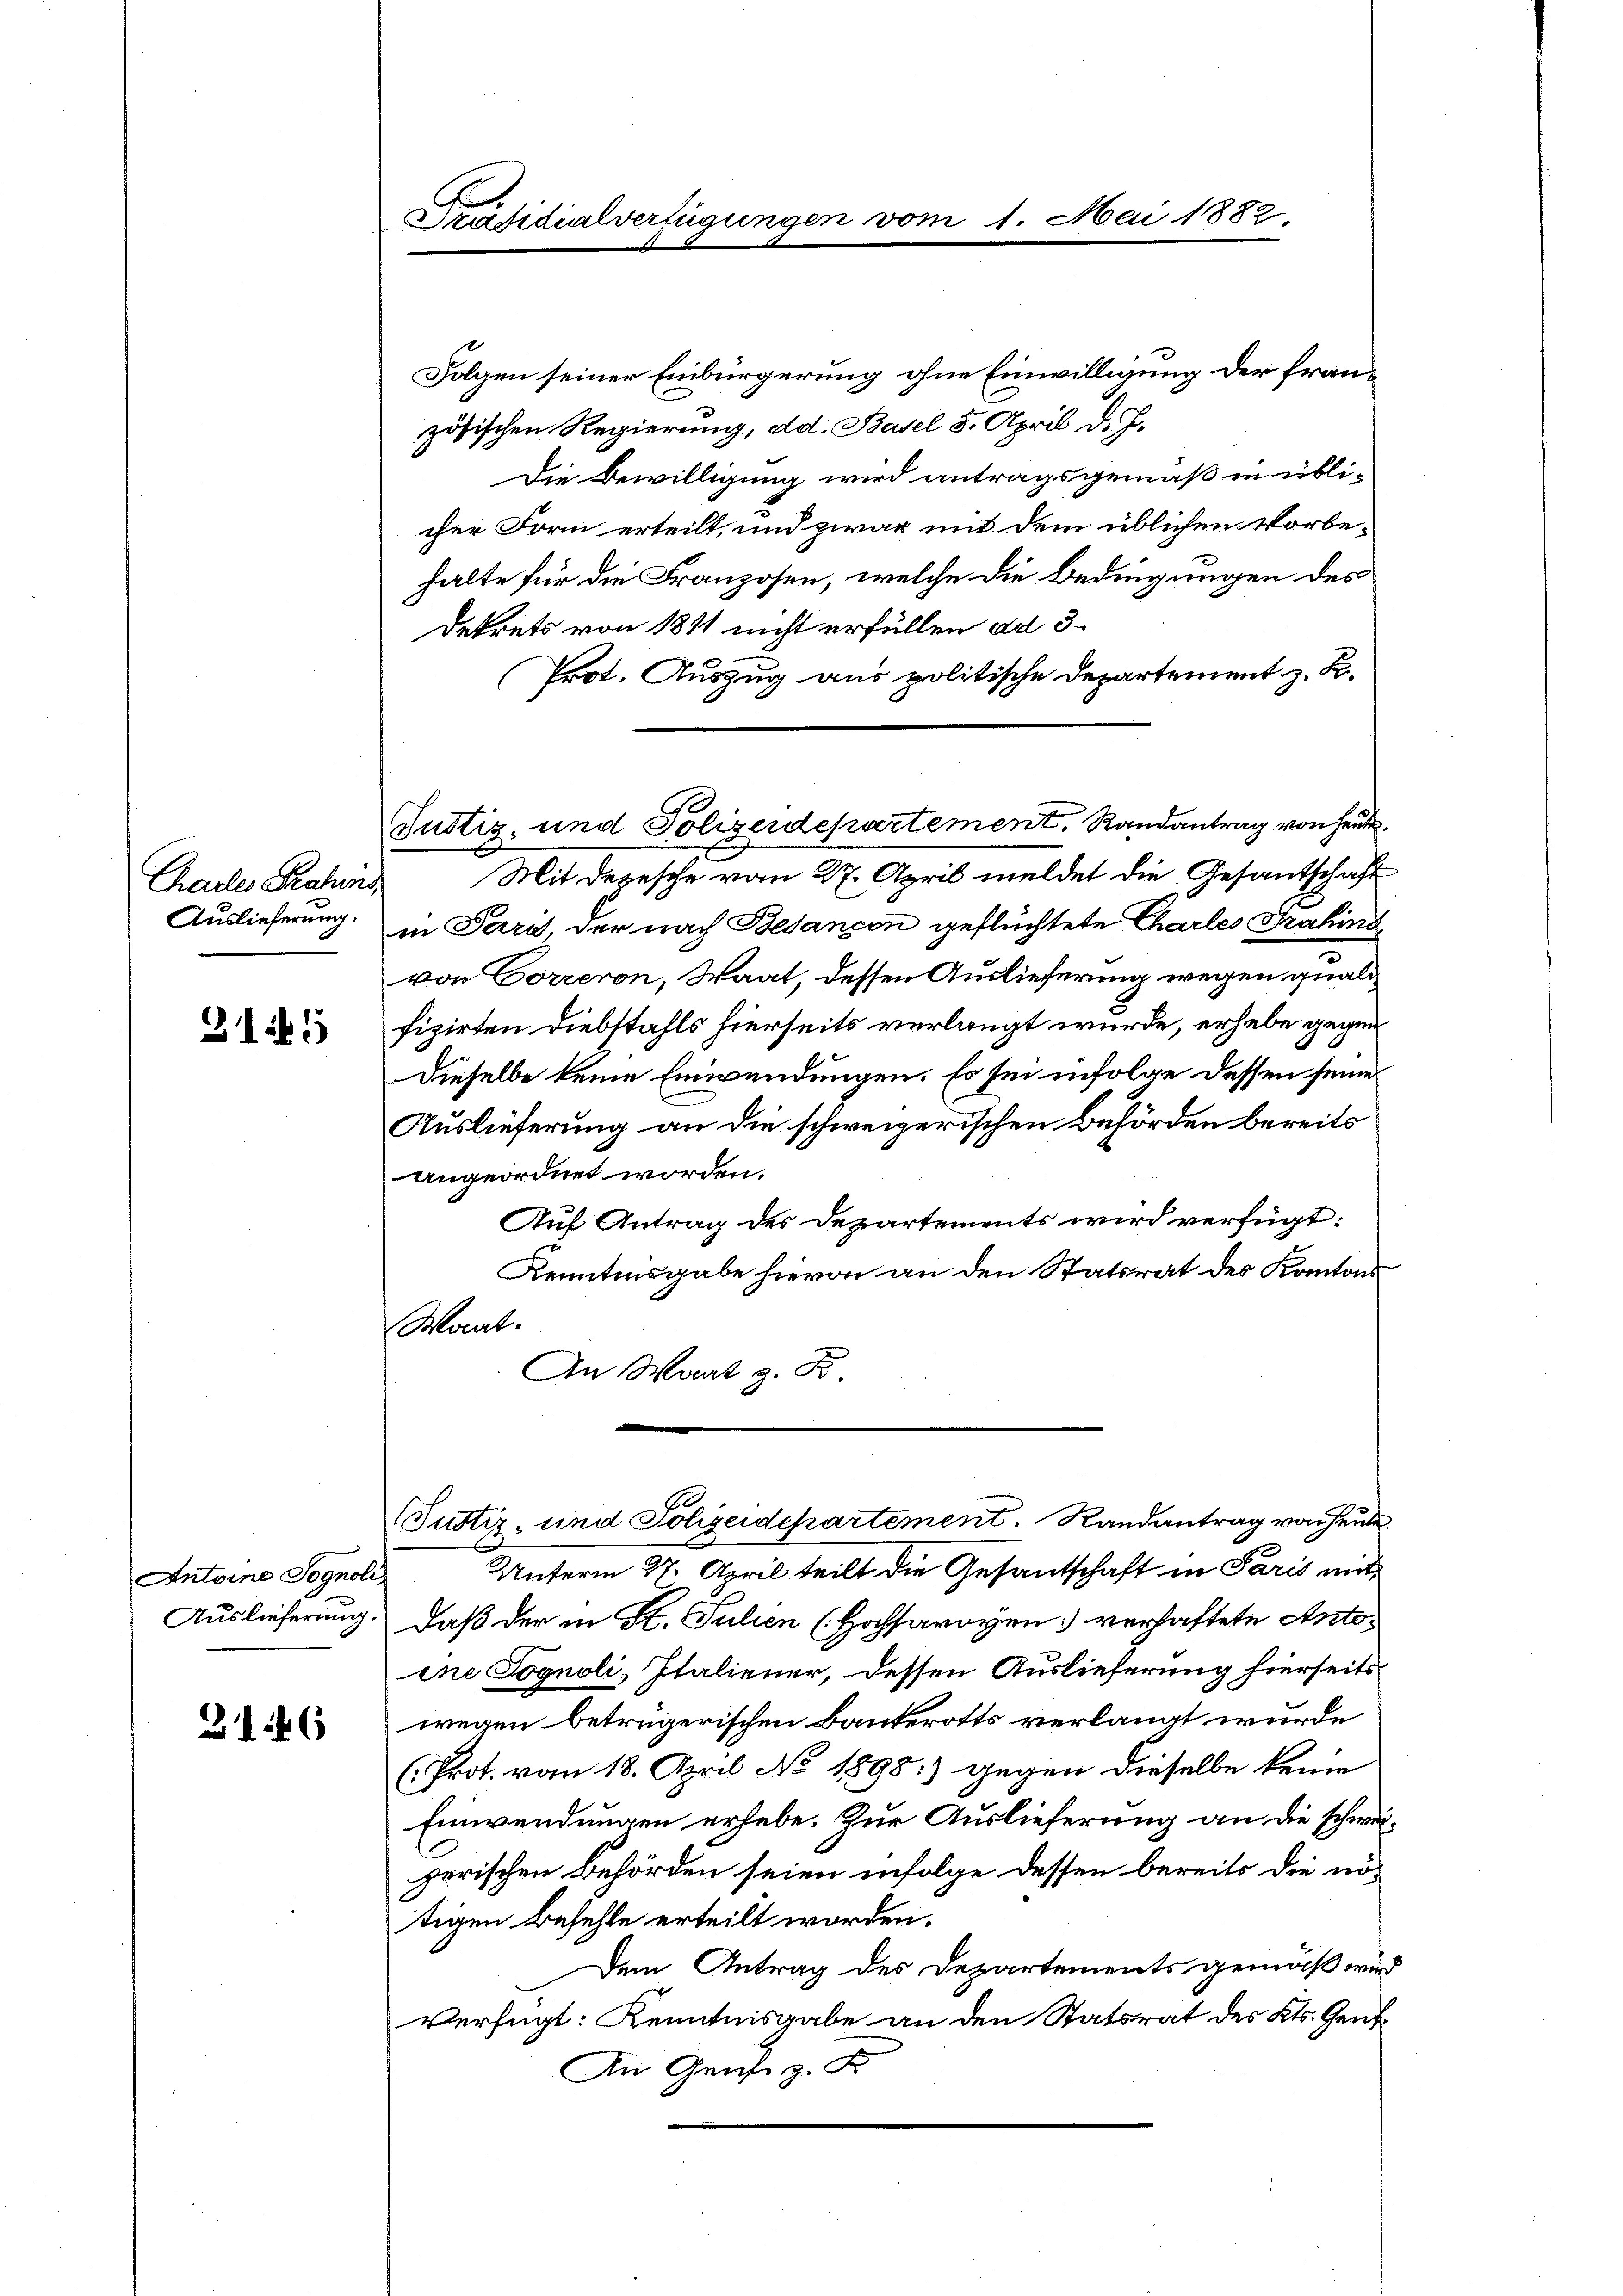
Chartes Bahns
Auslieferung.

3145

Antoine Sognoli
Auslieferung.

3146

Präsidialverfügungen

Justiz- und Polizeidepartement. Randantrag von heute
Mit deresche vom 27. April meldet die Gesantschaft

Folgen seiner Einbürgerung ohne Einwilligung der französischen Regierung, dd. Basel 5. April d. J.
Die Bewilligung wird antragsgemäß in üblicher Form erteilt, und zwar mit dem üblichen Vorbe-
halte für die Franzosen, welche die Bedingungen des
Dekrets von 1811 nicht erfüllen ad 3.
Prot. Auszug aus politische Departement z. B.
in Pari der nach Besancen geflüchtete Charles Prakini
von Correron, Waat, dessen Auslieferung wegen gnalfizirten Diebstahls hierseits verlangt wurde, erhebe gegen
Dieselbe keine Einwendungen. Es sei infolge dessen seine
Auslieferung an die schweizerischen Behörden bereits
angeordnet worden.
Auf Antrag des Departements wird verfügt:
Kenntinsgabe hievon an den Statsrat des Kantons
Woat.
An Wart z. F

pe 1882.

(Justiz- und Polizeidepartement. Randantrag von heute

Unterm 27. April teilt die Gesantschaft in Paris mit¬
Daß der in St. Julien (Hochsavoyen verhaftete Antoine Pognoli, Italiener, dessen Auslieferung hierseitswegen betrügerischen Bankerotts verlangt wurde
(Prot. vom 18. April No 1898:) gegen dieselbe keine
Einwendungen erhebe. Zur Auslieferung an die schweizerischen Behörden seien infolge dessen bereits die nötigen Befehle erteilt worden.
Dem Antrag des Departements gemäß wird
verfügt: Kenntnisgabe an den Statsrat des Kts. Gens¬
An Genf z. F